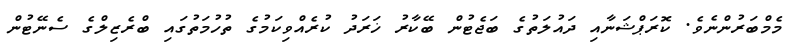
މެމްބަރުންނެވެ. ކޮރަޕްޝަނާއި ދައުލަތުގެ ބަޖެޓުން ބޭކާރު ޚަރަދު ކުރެއްވިކަމުގެ ތުހުމަތުގައި ބްރެޒިލްގެ ސެނޭޓުން